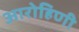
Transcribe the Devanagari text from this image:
आरोहिणी